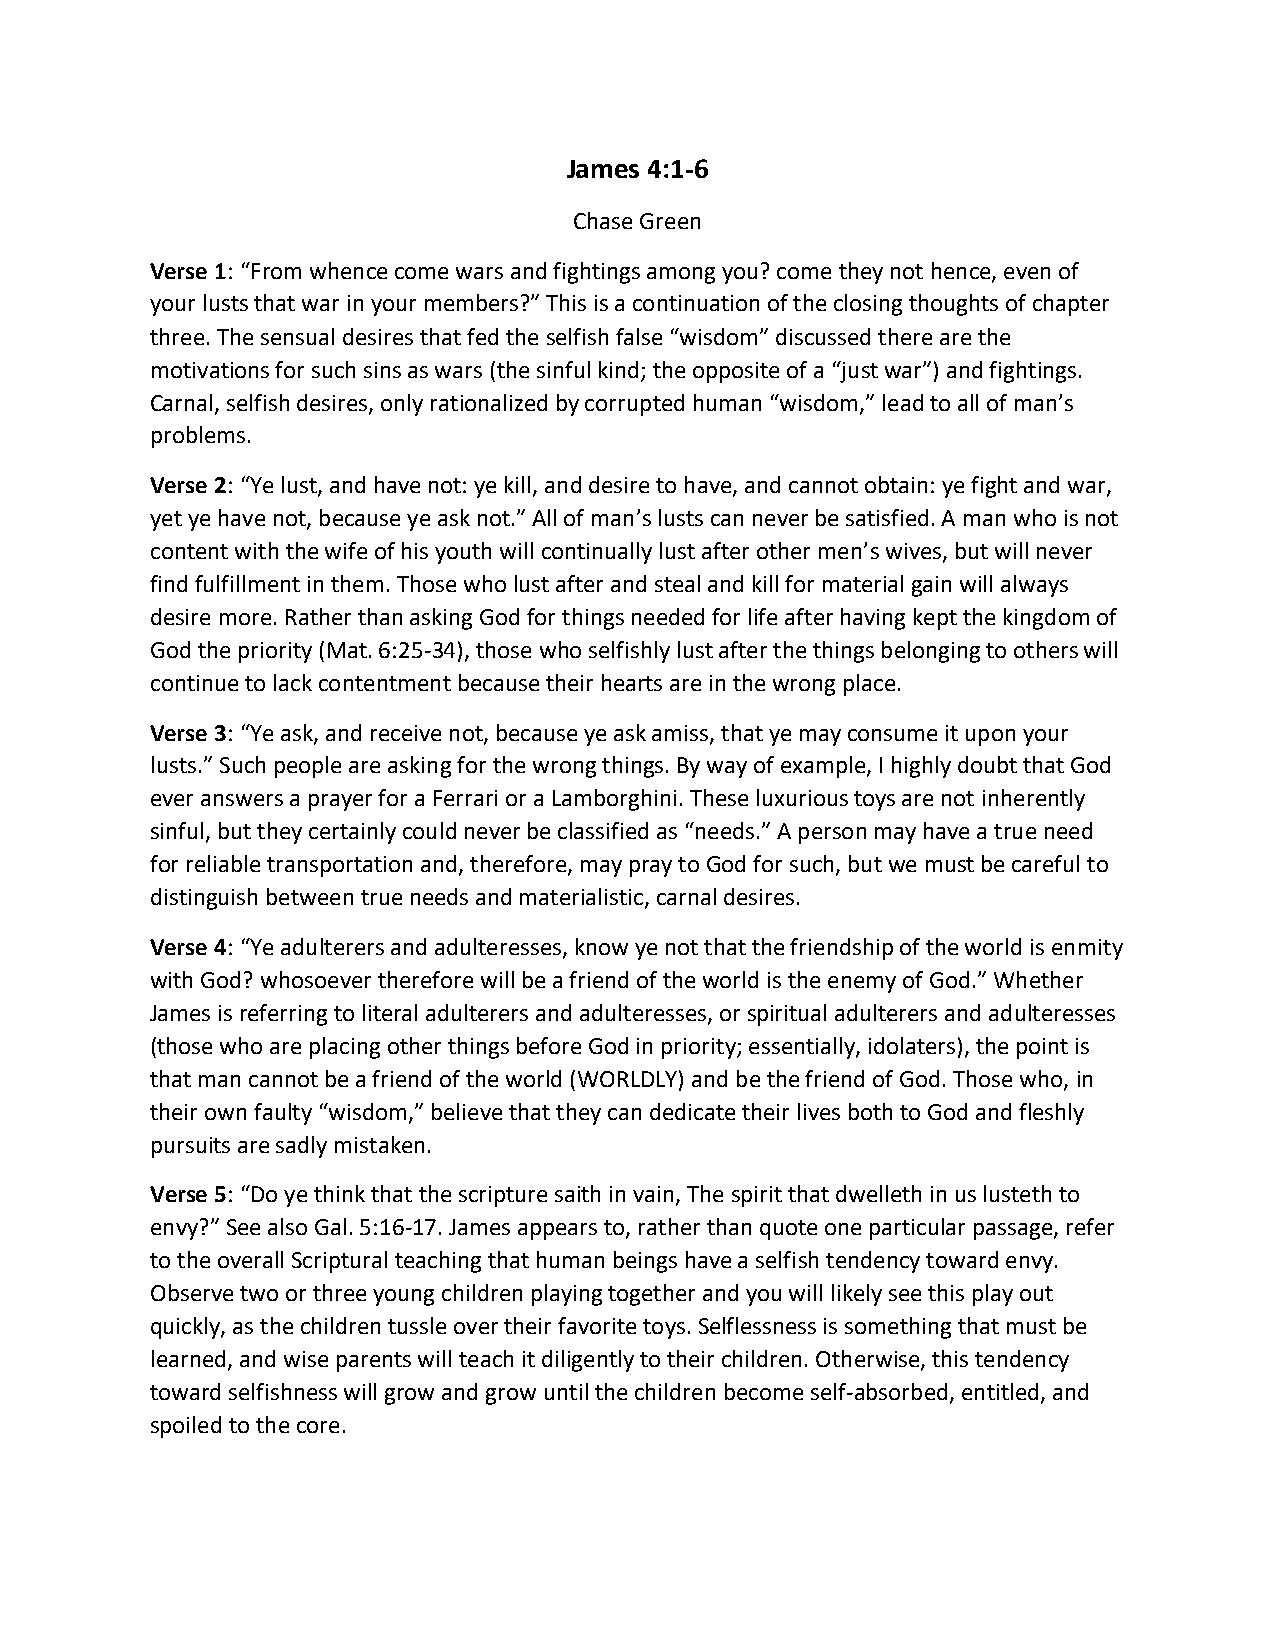
James 4:1-6
 Chase Green
 Verse 1: “From whence come wars and fightings among you? come they not hence, even of
 your lusts that war in your members?” This is a continuation of the closing thoughts of chapter
 three. The sensual desires that fed the selfish false “wisdom” discussed there are the
 motivations for such sins as wars (the sinful kind; the opposite of a “just war”) and fightings.
 Carnal, selfish desires, only rationalized by corrupted human “wisdom,” lead to all of man’s
 problems.
 Verse 2: “Ye lust, and have not: ye kill, and desire to have, and cannot obtain: ye fight and war,
 yet ye have not, because ye ask not.” All of man’s lusts can never be satisfied. A man who is not
 content with the wife of his youth will continually lust after other men’s wives, but will never
 find fulfillment in them. Those who lust after and steal and kill for material gain will always
 desire more. Rather than asking God for things needed for life after having kept the kingdom of
 God the priority (Mat. 6:25-34), those who selfishly lust after the things belonging to others will
 continue to lack contentment because their hearts are in the wrong place.
 Verse 3: “Ye ask, and receive not, because ye ask amiss, that ye may consume it upon your
 lusts.” Such people are asking for the wrong things. By way of example, I highly doubt that God
 ever answers a prayer for a Ferrari or a Lamborghini. These luxurious toys are not inherently
 sinful, but they certainly could never be classified as “needs.” A person may have a true need
 for reliable transportation and, therefore, may pray to God for such, but we must be careful to
 distinguish between true needs and materialistic, carnal desires.
 Verse 4: “Ye adulterers and adulteresses, know ye not that the friendship of the world is enmity
 with God? whosoever therefore will be a friend of the world is the enemy of God.” Whether
 James is referring to literal adulterers and adulteresses, or spiritual adulterers and adulteresses
 (those who are placing other things before God in priority; essentially, idolaters), the point is
 that man cannot be a friend of the world (WORLDLY) and be the friend of God. Those who, in
 their own faulty “wisdom,” believe that they can dedicate their lives both to God and fleshly
 pursuits are sadly mistaken.
 Verse 5: “Do ye think that the scripture saith in vain, The spirit that dwelleth in us lusteth to
 envy?” See also Gal. 5:16-17. James appears to, rather than quote one particular passage, refer
 to the overall Scriptural teaching that human beings have a selfish tendency toward envy.
 Observe two or three young children playing together and you will likely see this play out
 quickly, as the children tussle over their favorite toys. Selflessness is something that must be
 learned, and wise parents will teach it diligently to their children. Otherwise, this tendency
 toward selfishness will grow and grow until the children become self-absorbed, entitled, and
 spoiled to the core.